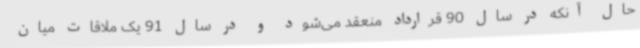
حال آنکه در سال 90 قرارداد منعقد می‌شود و در سال 91 یک ملاقات میان